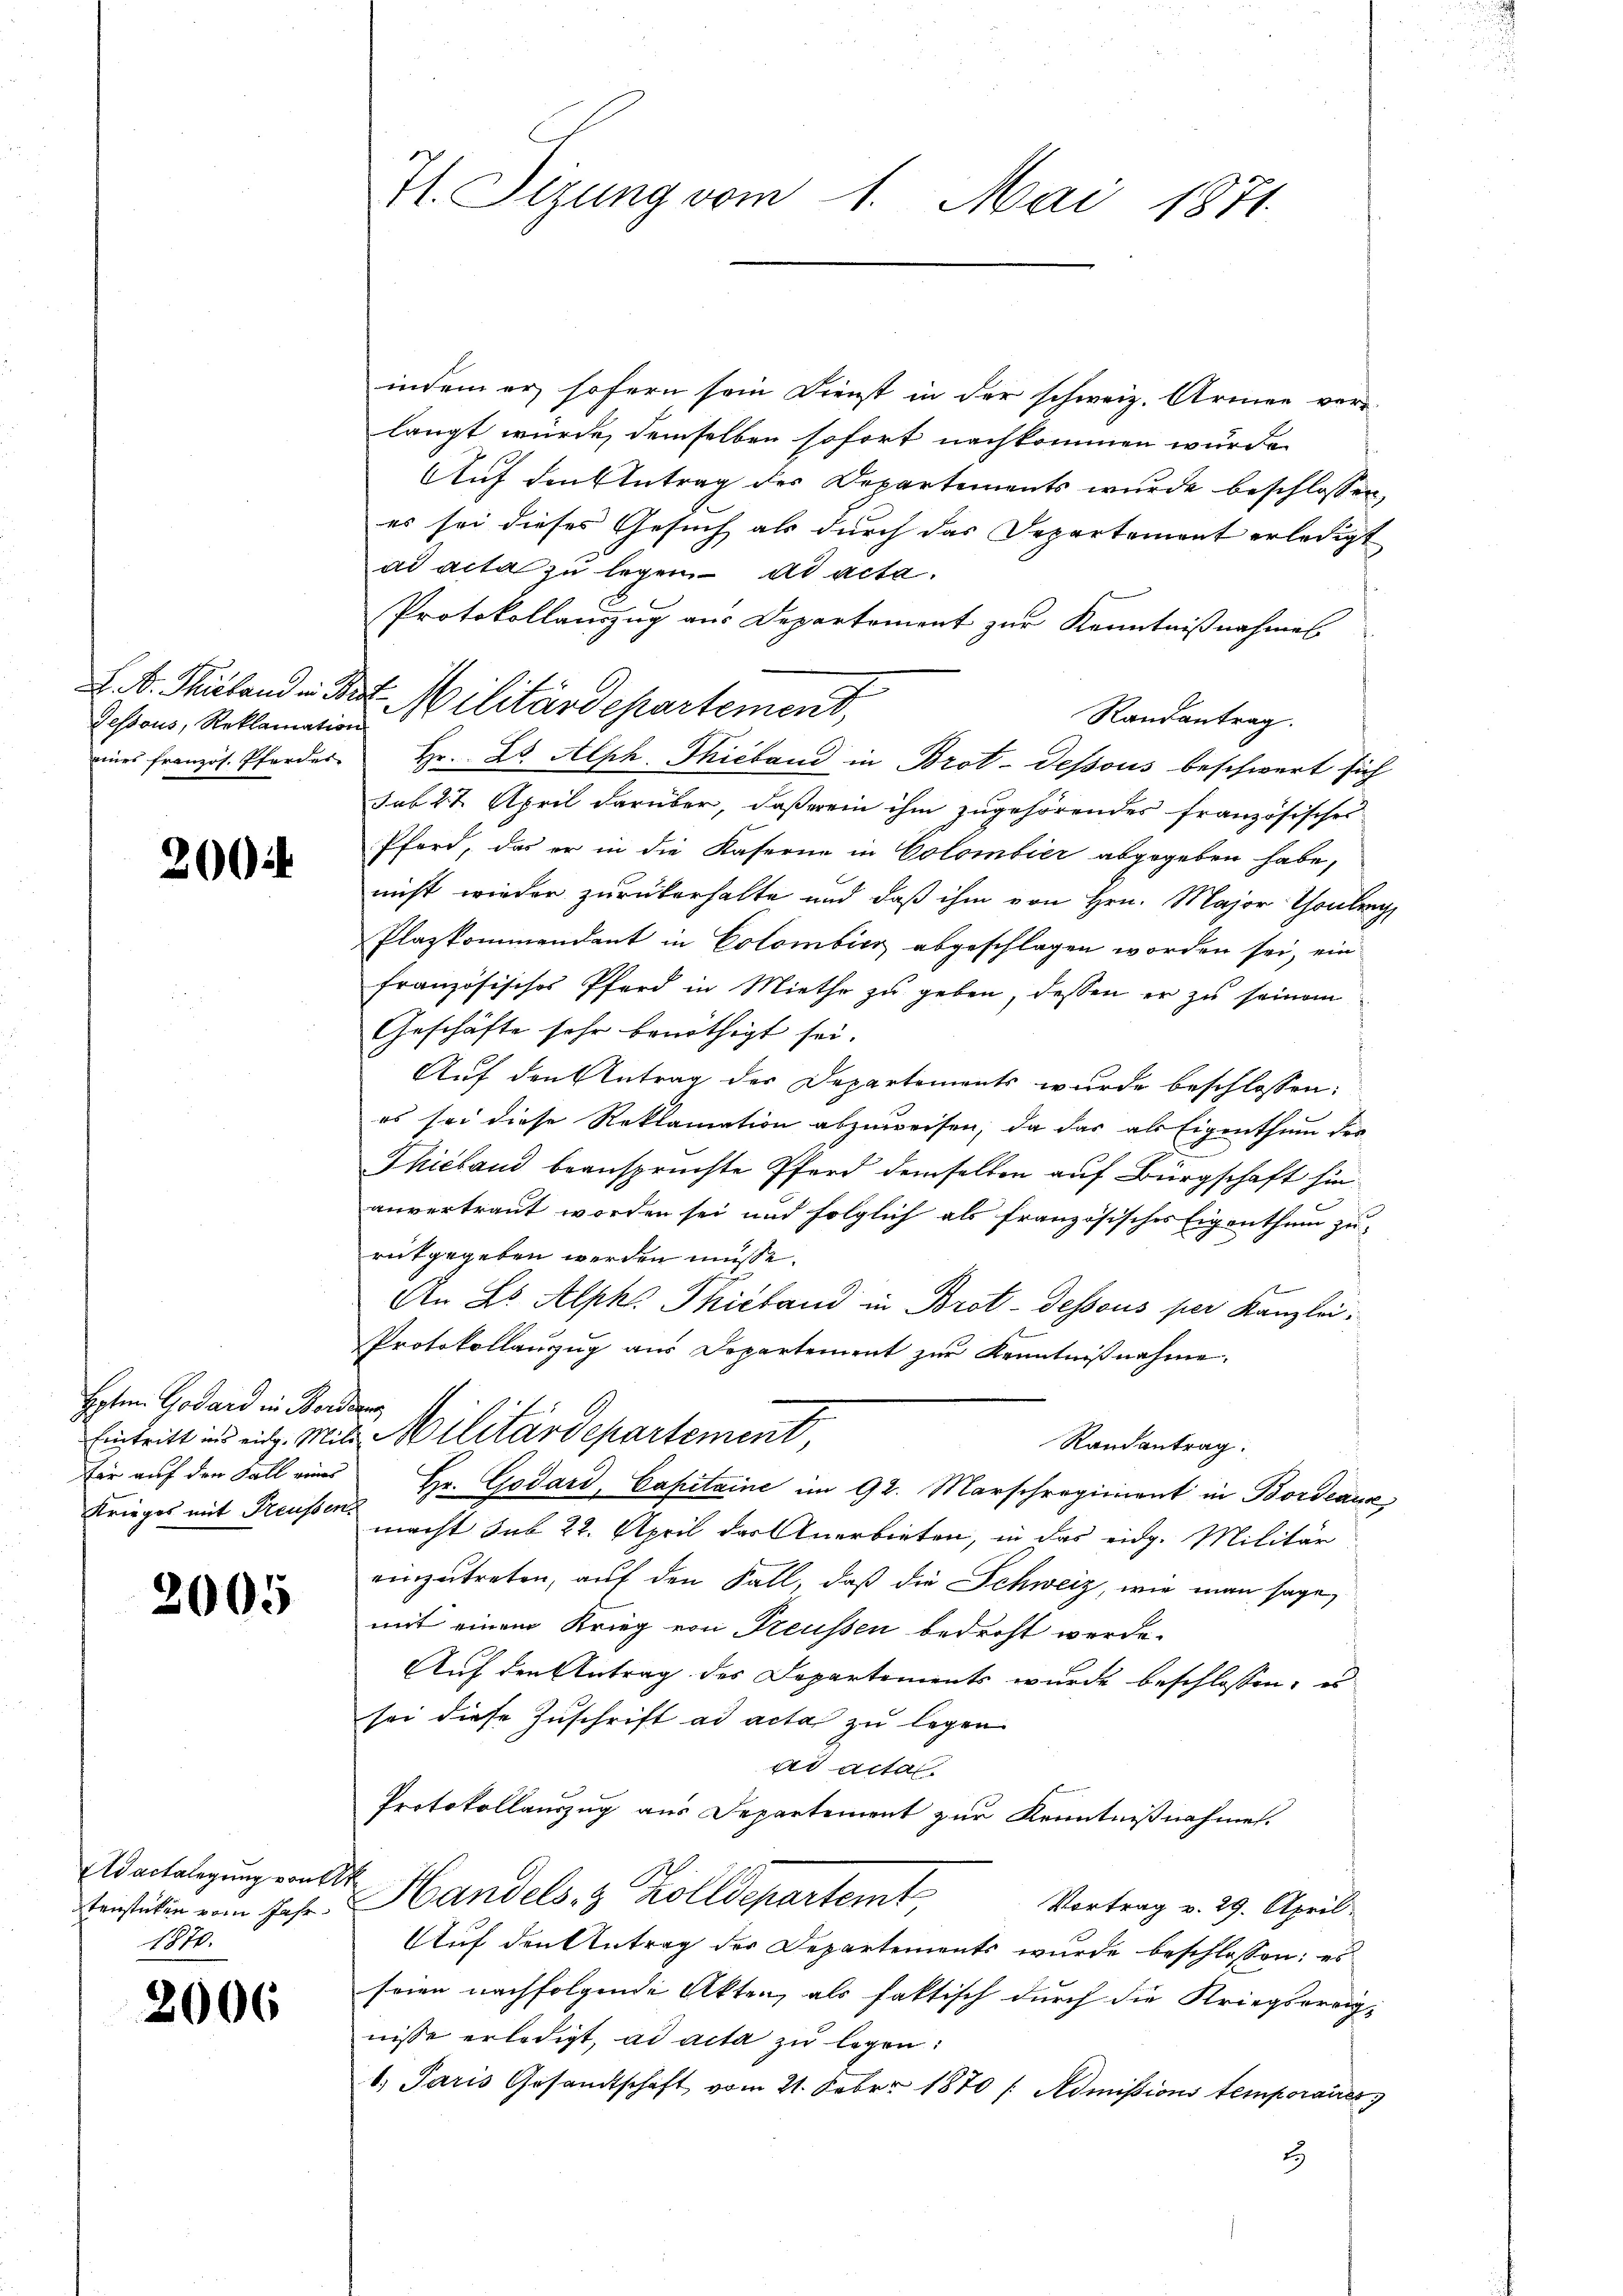
Gessous, Reklamation

200

Hptm. Godard in Borden
für auf den Fall einer
Krieges mit Preussens

2005

Ad actalegung von
tenstücken vom Jahr
1870.

2006

71. Sizung vom 1. Mai 1871.

indem er sofern sein Dienst in der schweiz. Armen ver-
langt würde, demselben sofort nachkommen wurde.
Auf den Antrag des Departements wurde beschlossen,
es sei dieses Gesuch als durch das Departement erledigt
ad acta zu legen ad acta.
Protokollauszug aus Departement zur Kenntnißnahmes
Randantrag.
eines französ. Pforder Hr. Dr. Alph. Thicband in Brot-dessous beschwert sich
sub 27. April darüber, daß er ein ihm zugehörendes französischer
Pford, das er in die Kaserne in Colombier abgegeben habe,
nicht wieder zurückerhalte und daß ihm von Hrn. Major Thonberg
Plazkommendant in Colombicz abgeschlagen worden sei, ein
französisches Pferd in Miethe zu geben, dessen er zu seinem
Geschäfte sehr benöthigt sei.
Auf den Antrag der Departements wurde beschlossen:
es sei diese Reklamation abzuweisen, da das als Eigenthum der
Thieband beanspruchte Pferd demselben auf Bürgschaft hinanvertraut worden sei und folglich als französisches Eigenthum zu-
rückgegeben werden müsse.
An L Alpk. Philand in Brot-dessous per Kanzlei.
Protokollaŭzŭg aŭs Departement zŭr Kenntnißnahme.
Eintritt in eidg. Mit Militärdepartement,
Randantrag.
Hr. Godard, Capitaine im 92. Marschregiment in Bordeause
macht sub 22. April das Anerbieten, in das eidg. Militär
einzutreten, auf den Fall, daß die Schweiz, wie man sage,
mit einem Krieg von Freussen bedroht werde.
Auf den Antrag des Departements wurde beschlossen, es
sei diese Zuschrift ad acta zu legen
ad acta.
Protokollauszug aus Departement zur Kenntnißnahmen.
4
Handels 8 Zolldepartemt
Vortrag v. 29. April.
Auf den Antrag des Departements wurde beschlossen: es
seien nachfolgende Akten, als faktisch durch die Kriegsereig-
nisse erledigt, ad acta zu legen:
1. Paris Gesandtschaft vom 21. Feber 1870 / Admissions temporaire
2

L. D. Philand in Bett. Militärdepartement,